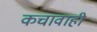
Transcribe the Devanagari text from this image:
कचावाही